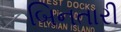
બિનતારી